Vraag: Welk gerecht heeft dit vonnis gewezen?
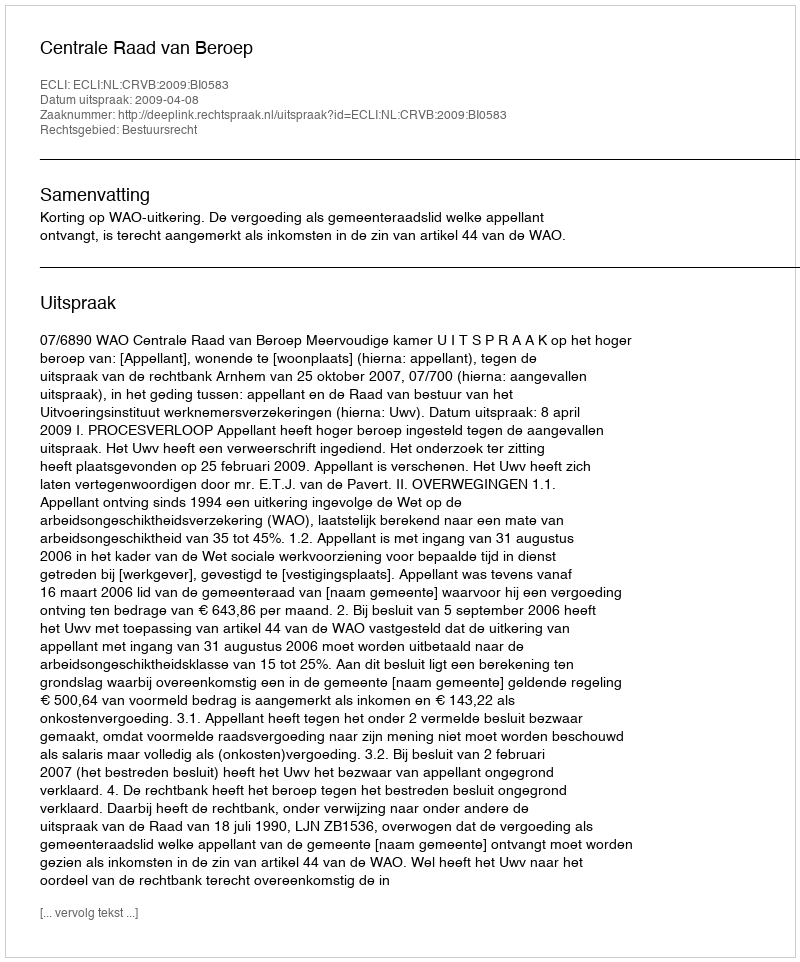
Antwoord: Centrale Raad van Beroep